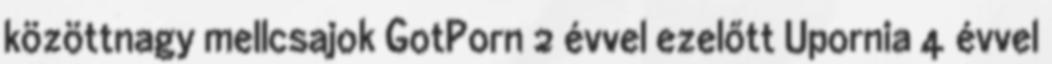
közöttnagy mellcsajok GotPorn 2 évvel ezelőtt Upornia 4 évvel